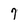
Character: 7